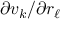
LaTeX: \partial v _ { k } / \partial r _ { \ell }